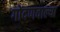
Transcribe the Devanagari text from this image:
गोंदणवाल्या